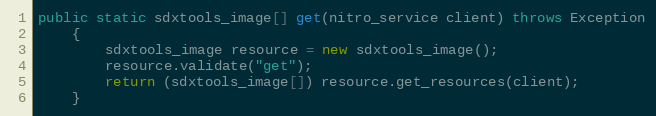
Language: Java
public static sdxtools_image[] get(nitro_service client) throws Exception
	{
		sdxtools_image resource = new sdxtools_image();
		resource.validate("get");
		return (sdxtools_image[]) resource.get_resources(client);
	}